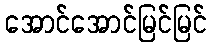
အောင်အောင်မြင်မြင်